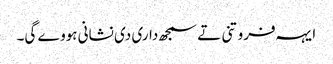
‏ ایہہ فروتنی تے سمجھ‌داری دی نشانی ہووے گی۔